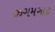
ઝગમગાટ